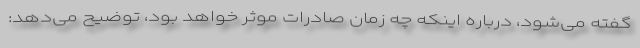
گفته می‌شود، درباره اینکه چه زمان صادرات موثر خواهد بود، توضیح می‌دهد: